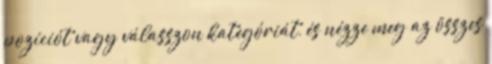
pozíciót vagy válasszon kategóriát, és nézze meg az összes